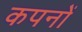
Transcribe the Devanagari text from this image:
कपनों